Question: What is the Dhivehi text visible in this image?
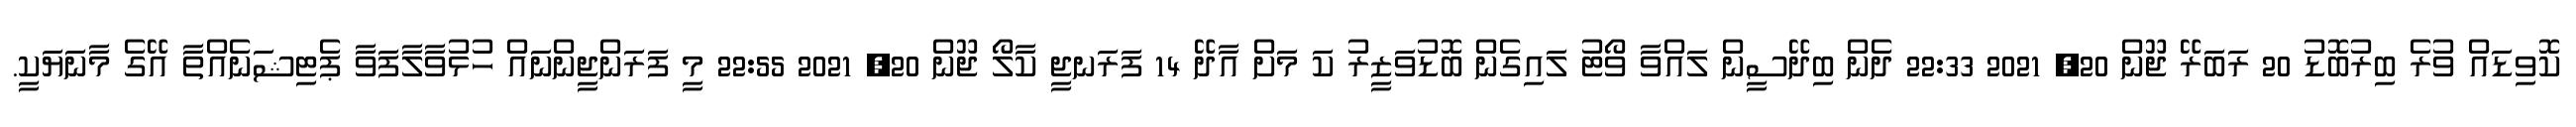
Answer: ކޮވިޑައް ވުރެ ބިރުބޮޑު 20 ރަބަރޭ ޖޫން 20, 2021 22:33 ދެން ބިދޭސީން ލައްވާ ވޯޓު ލައިގެން ބޮޑުވަޒީރު ކަ މަށް އާދޭ 14 ފަރަނޖީ ކާލޯ ޖޫން 20, 2021 22:55 މީ ފަރަންޖީންނައް ހުޅުވާލާފަވާ ޕެޓިޝަނެއްތާ އޭގެ މާނަޔަކީ.